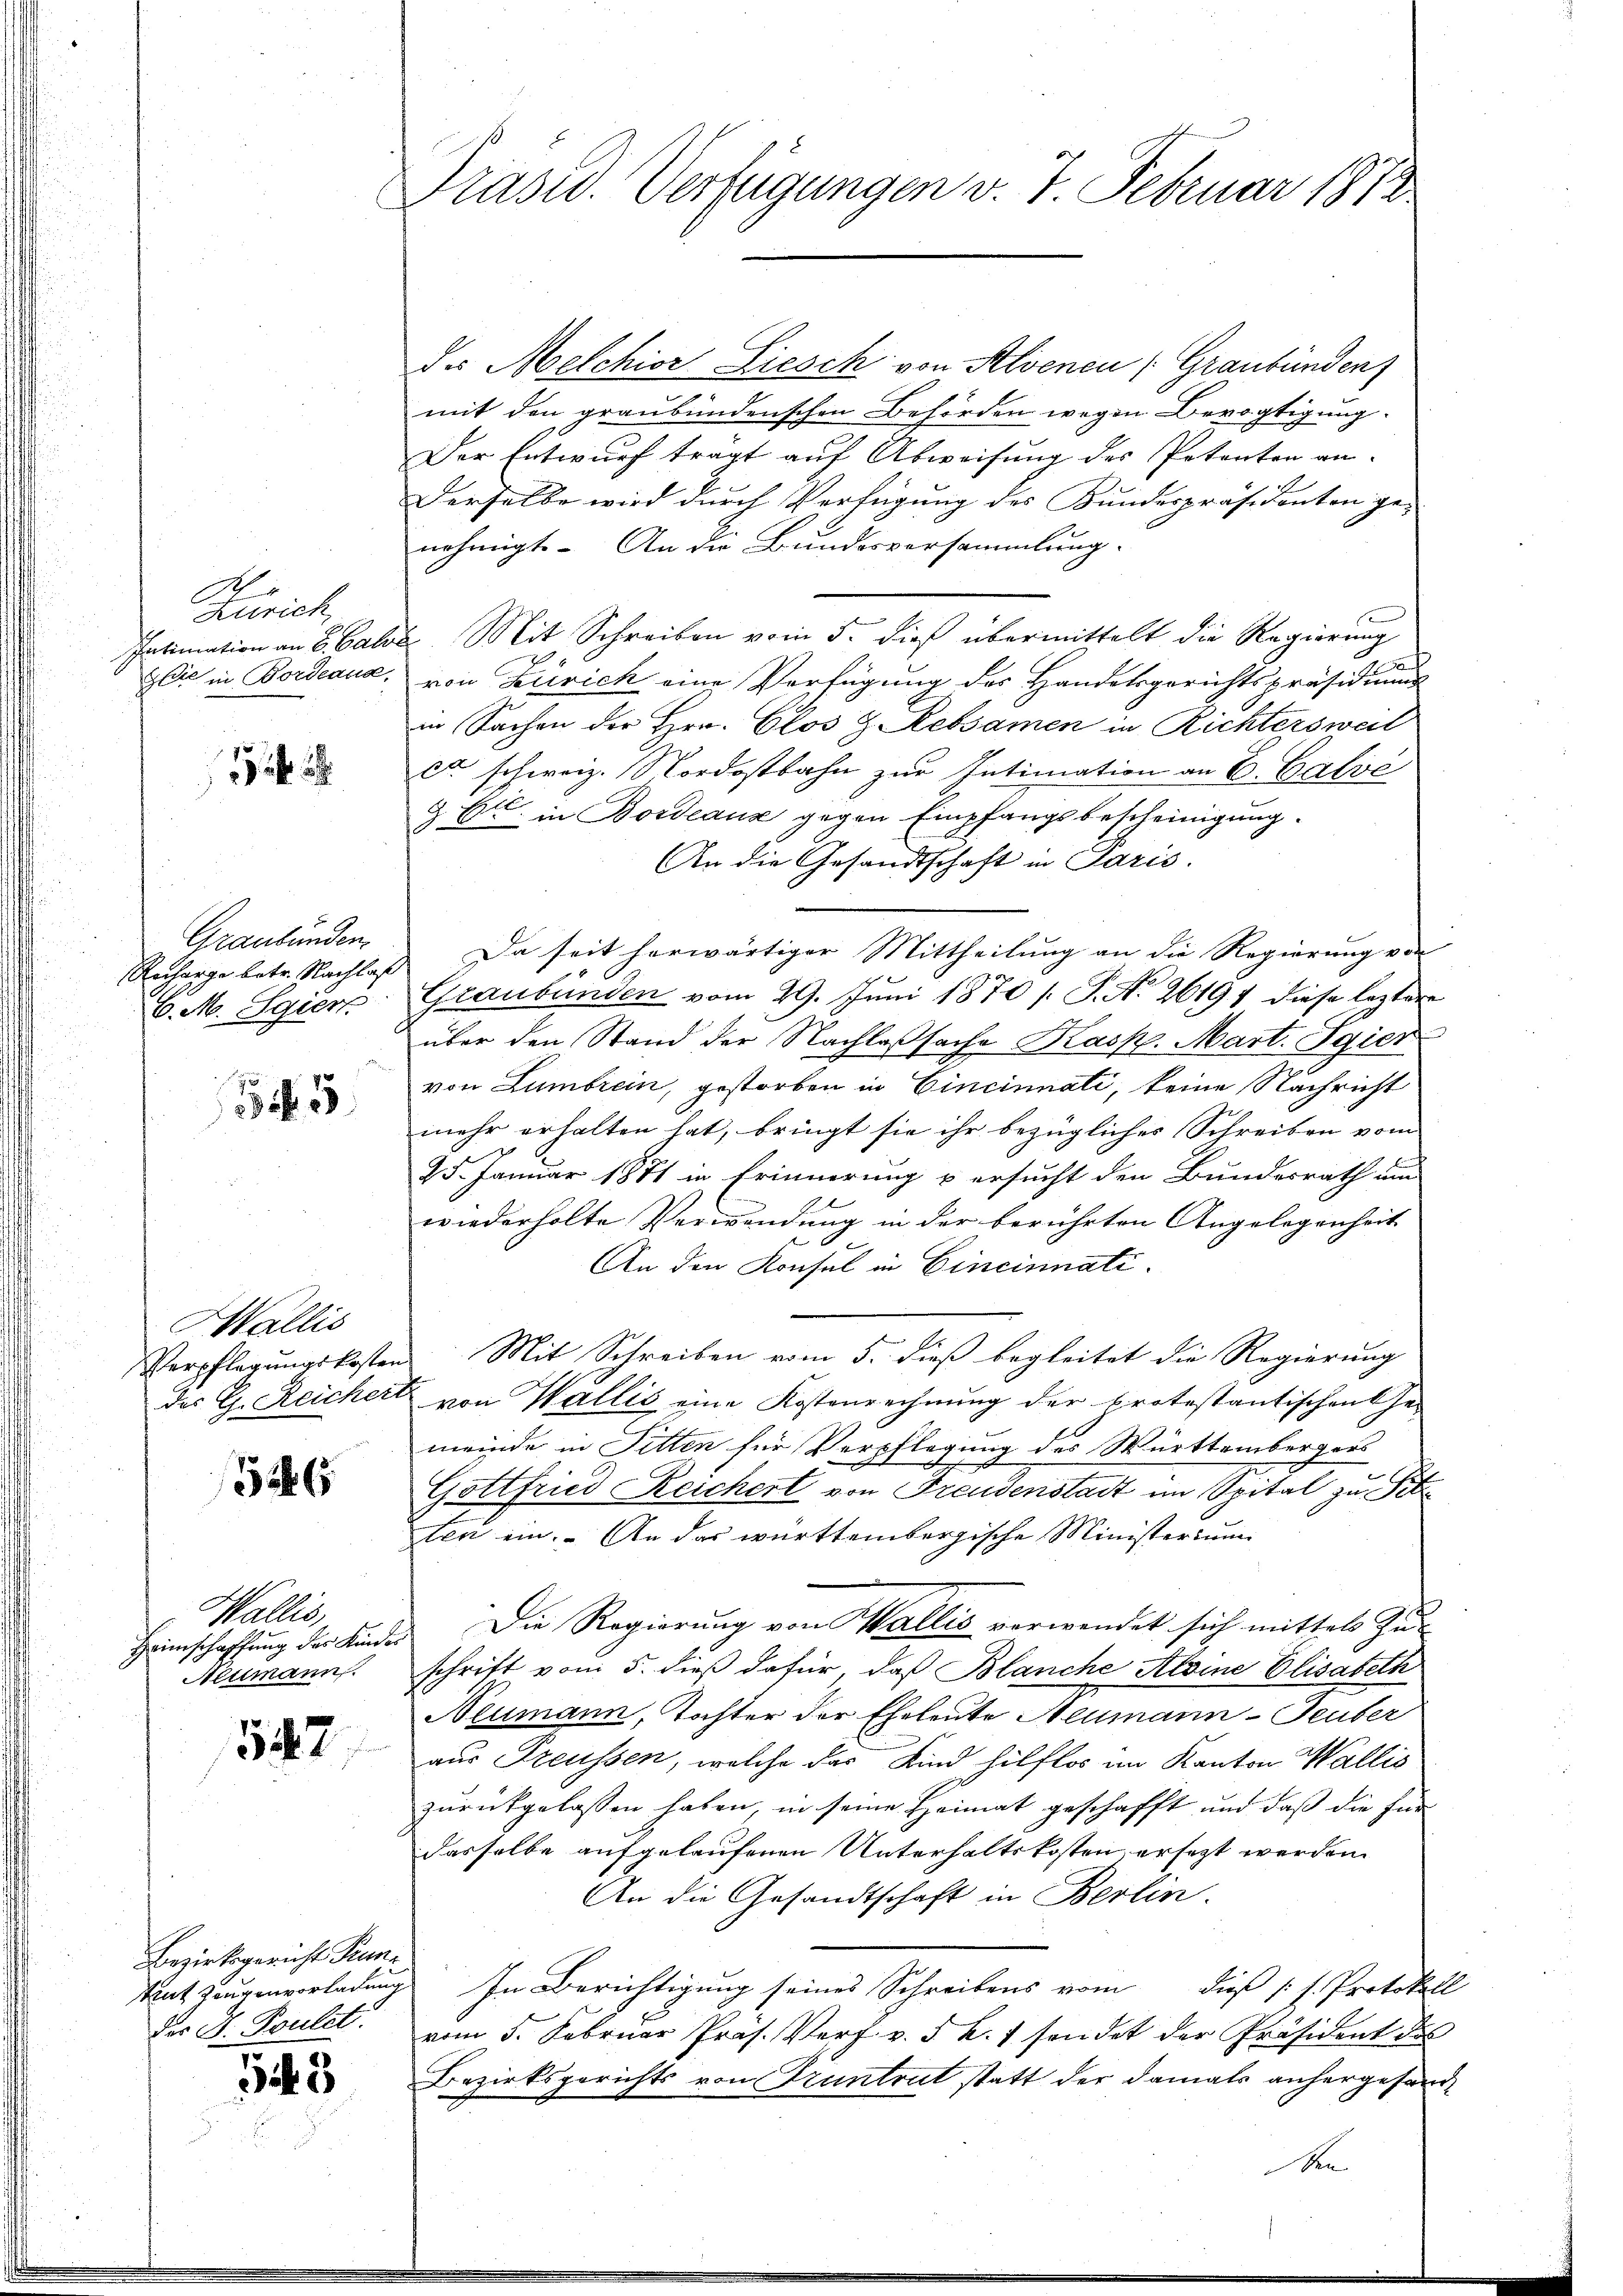
Zürich,
Intimation an S. Calve
Jlie in Bordeaux,

Graubünden.
Recharge betr. Nachlaß
C. M. Sgier

5

Wallis
Verpflegungskosten
des G. Reicher

1526

Wallis,
Heimschaffung des Kinde
Neumann

547.

Bezirksgericht Pruntaut Zeugenvorladung
der J. Boulet

543

Präsid. Verfügungen v. 7. Februar 1872

des Melchior Liesch von Alvenen (Graubünden
mit den graubündenschen Behörden wegen Bevogtigung.
Der Entwurf tragt auf Abweisung des Potenten an-
Derselbe wird durch Verfügung des Kundespräsidenten ge-
nehmigt. An die Bundesversammlung.
2 Mit Schreiben vom 5. dieß übermittelt die Regierung
von Zürich eine Verfügung des Handelsgerichtspräsidium
in Sachen der Hrn. Clos & Rebsamen in Richtersweil
c schweiz. Nordostbahn zur Intimation an E. Galve
9 Et in Bordeaus gegen Empfangsbescheinigung.
An die Gesandtschaft in Paris.
Da seit herwärtiger Mittheilung an die Regierung von
Graubünden vom 29. Juni 1870 [ P. N. 26197 diese leztere
über den Stand der Nachlaßsache Kasp. Mart. Egier
von Lumbrein, gestorben in Cincinnati, keine Nachricht
mehr erhalten hat, bringt sie ihr bezügliches Schreiben vom
25. Januar 1871 in Erinnerung u ersucht den Bundesrath um
E.
wiederholte Verwendung in der berührten Angelegenheit
An den Konsul in Cincinnati¬
Mit Schreiben vom 5. dieß begleitet die Regierung
von Wallis eine Kostenrechnung der protestantischenthei
meinde in Sitten für Verpflegung des Württembergers
Gottfried Reichert von Freudenstadt im Spital zur Sit
ten ein. An das württembergische Ministerium
Die Regierung von Wallis verwendet sich mittels Zu-
schrift vom 5. dieß dafür, daß Blanche Aloine Elisabeth
Neumann, Tochter der Eheleute Neumann-Teuber
aus Preussen, welche das Kind hilflos im Kanton Wallis
zurückgelassen haben, in seine Heimat geschafft und daß die für
dasselbe aufgelaufenen Unterhaltskosten ersezt werden.
An die Gesandtschaft in Berlin.
In Berichtigung seines Schreibens vom dieß (s. Protokoll
vom 5. Februar Präs. Verf. v. 5 k. 7 sendet der Präsident des
Bezirksgerichts von Truntrut statt der damals anhergesand¬

Se